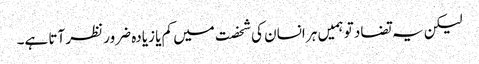
لیکن یہ تضاد تو ہمیں ہر انسان کی شخصت میں کم یا زیادہ ضرور نظر آتا ہے۔